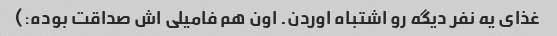
غذای یه نفر دیگه رو اشتباه اوردن. اون هم فامیلی اش صداقت بوده:)